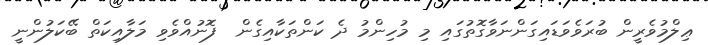
ޢިލްމުވެރީން ބުރަވެވަޑައިގަންނަވާގޮތުގައި މި މުހިންމު ދެ ކަންތަކާއިގެން  ފޮނުއްވެވި މަލާއިކަތް ބޭކަލުންނީ